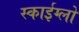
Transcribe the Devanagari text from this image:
स्काईग्लो